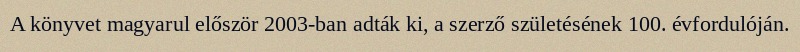
A könyvet magyarul először 2003-ban adták ki, a szerző születésének 100. évfordulóján.